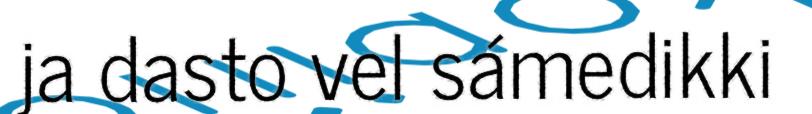
ja dasto vel sámedikki